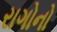
રાગોનો